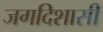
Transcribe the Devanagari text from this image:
जगदिशासी